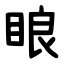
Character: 䀶